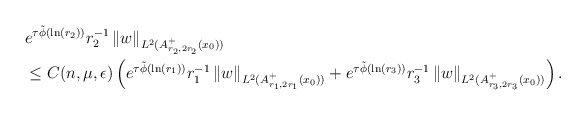
\begin{align*}&e^{\tau \tilde{\phi}(\ln(r_2))} r_2^{-1}\left\| w \right\|_{L^2(A^+_{r_2,2r_2}(x_0))}\\& \leq C(n,\mu, \epsilon)\left( e^{\tau \tilde{\phi}(\ln(r_1))} r_1^{-1} \left\| w \right\|_{L^2(A^+_{r_1,2r_1}(x_0))} + e^{\tau \tilde{\phi}(\ln(r_3))}r_3^{-1}\left\| w \right\|_{L^2(A^+_{r_3,2 r_{3}}(x_0))}\right).\end{align*}